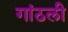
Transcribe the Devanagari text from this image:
गांठली